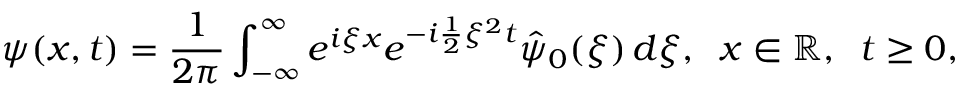
\psi ( x , t ) = \frac { 1 } { 2 \pi } \int _ { - \infty } ^ { \infty } e ^ { i \xi x } e ^ { - i \frac { 1 } { 2 } \xi ^ { 2 } t } \hat { \psi } _ { 0 } ( \xi ) \, d \xi , \; \; x \in \mathbb { R } , \; \; t \geq 0 ,